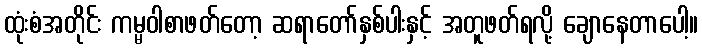
ထုံးစံအတိုင်း ကမ္မဝါစာဖတ်တော့ ဆရာတော်နှစ်ပါးနှင့် အတူဖတ်ရလို့ ချောနေတာပေါ့။